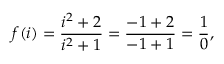
f ( i ) = { \frac { i ^ { 2 } + 2 } { i ^ { 2 } + 1 } } = { \frac { - 1 + 2 } { - 1 + 1 } } = { \frac { 1 } { 0 } } ,